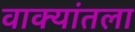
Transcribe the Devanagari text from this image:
वाक्यांतला